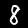
Label: 8